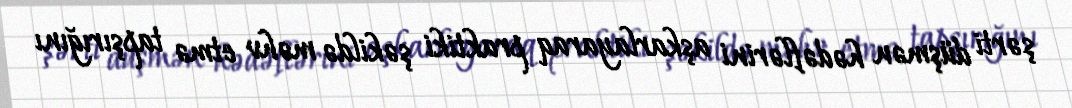
şərti düşmən hədəflərini aşkarlayaraq praktiki şəkildə məhv etmə tapşırığını